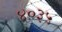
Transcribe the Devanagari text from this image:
४०३५